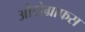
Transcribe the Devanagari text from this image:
औटोग्राफस